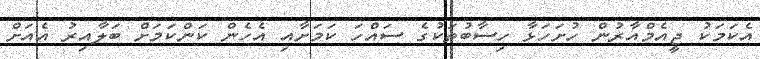
އެކަމަކު ޖީއެމްއާރުން ހުށަހަޅާ ހިސާބުތަކުގެ ސައްހަ ކަމަށާއި އެހެން ކަންކަމަށް ބަލާއިރު އެއަށް